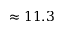
\approx 1 1 . 3